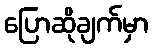
ပြောဆိုချက်မှာ